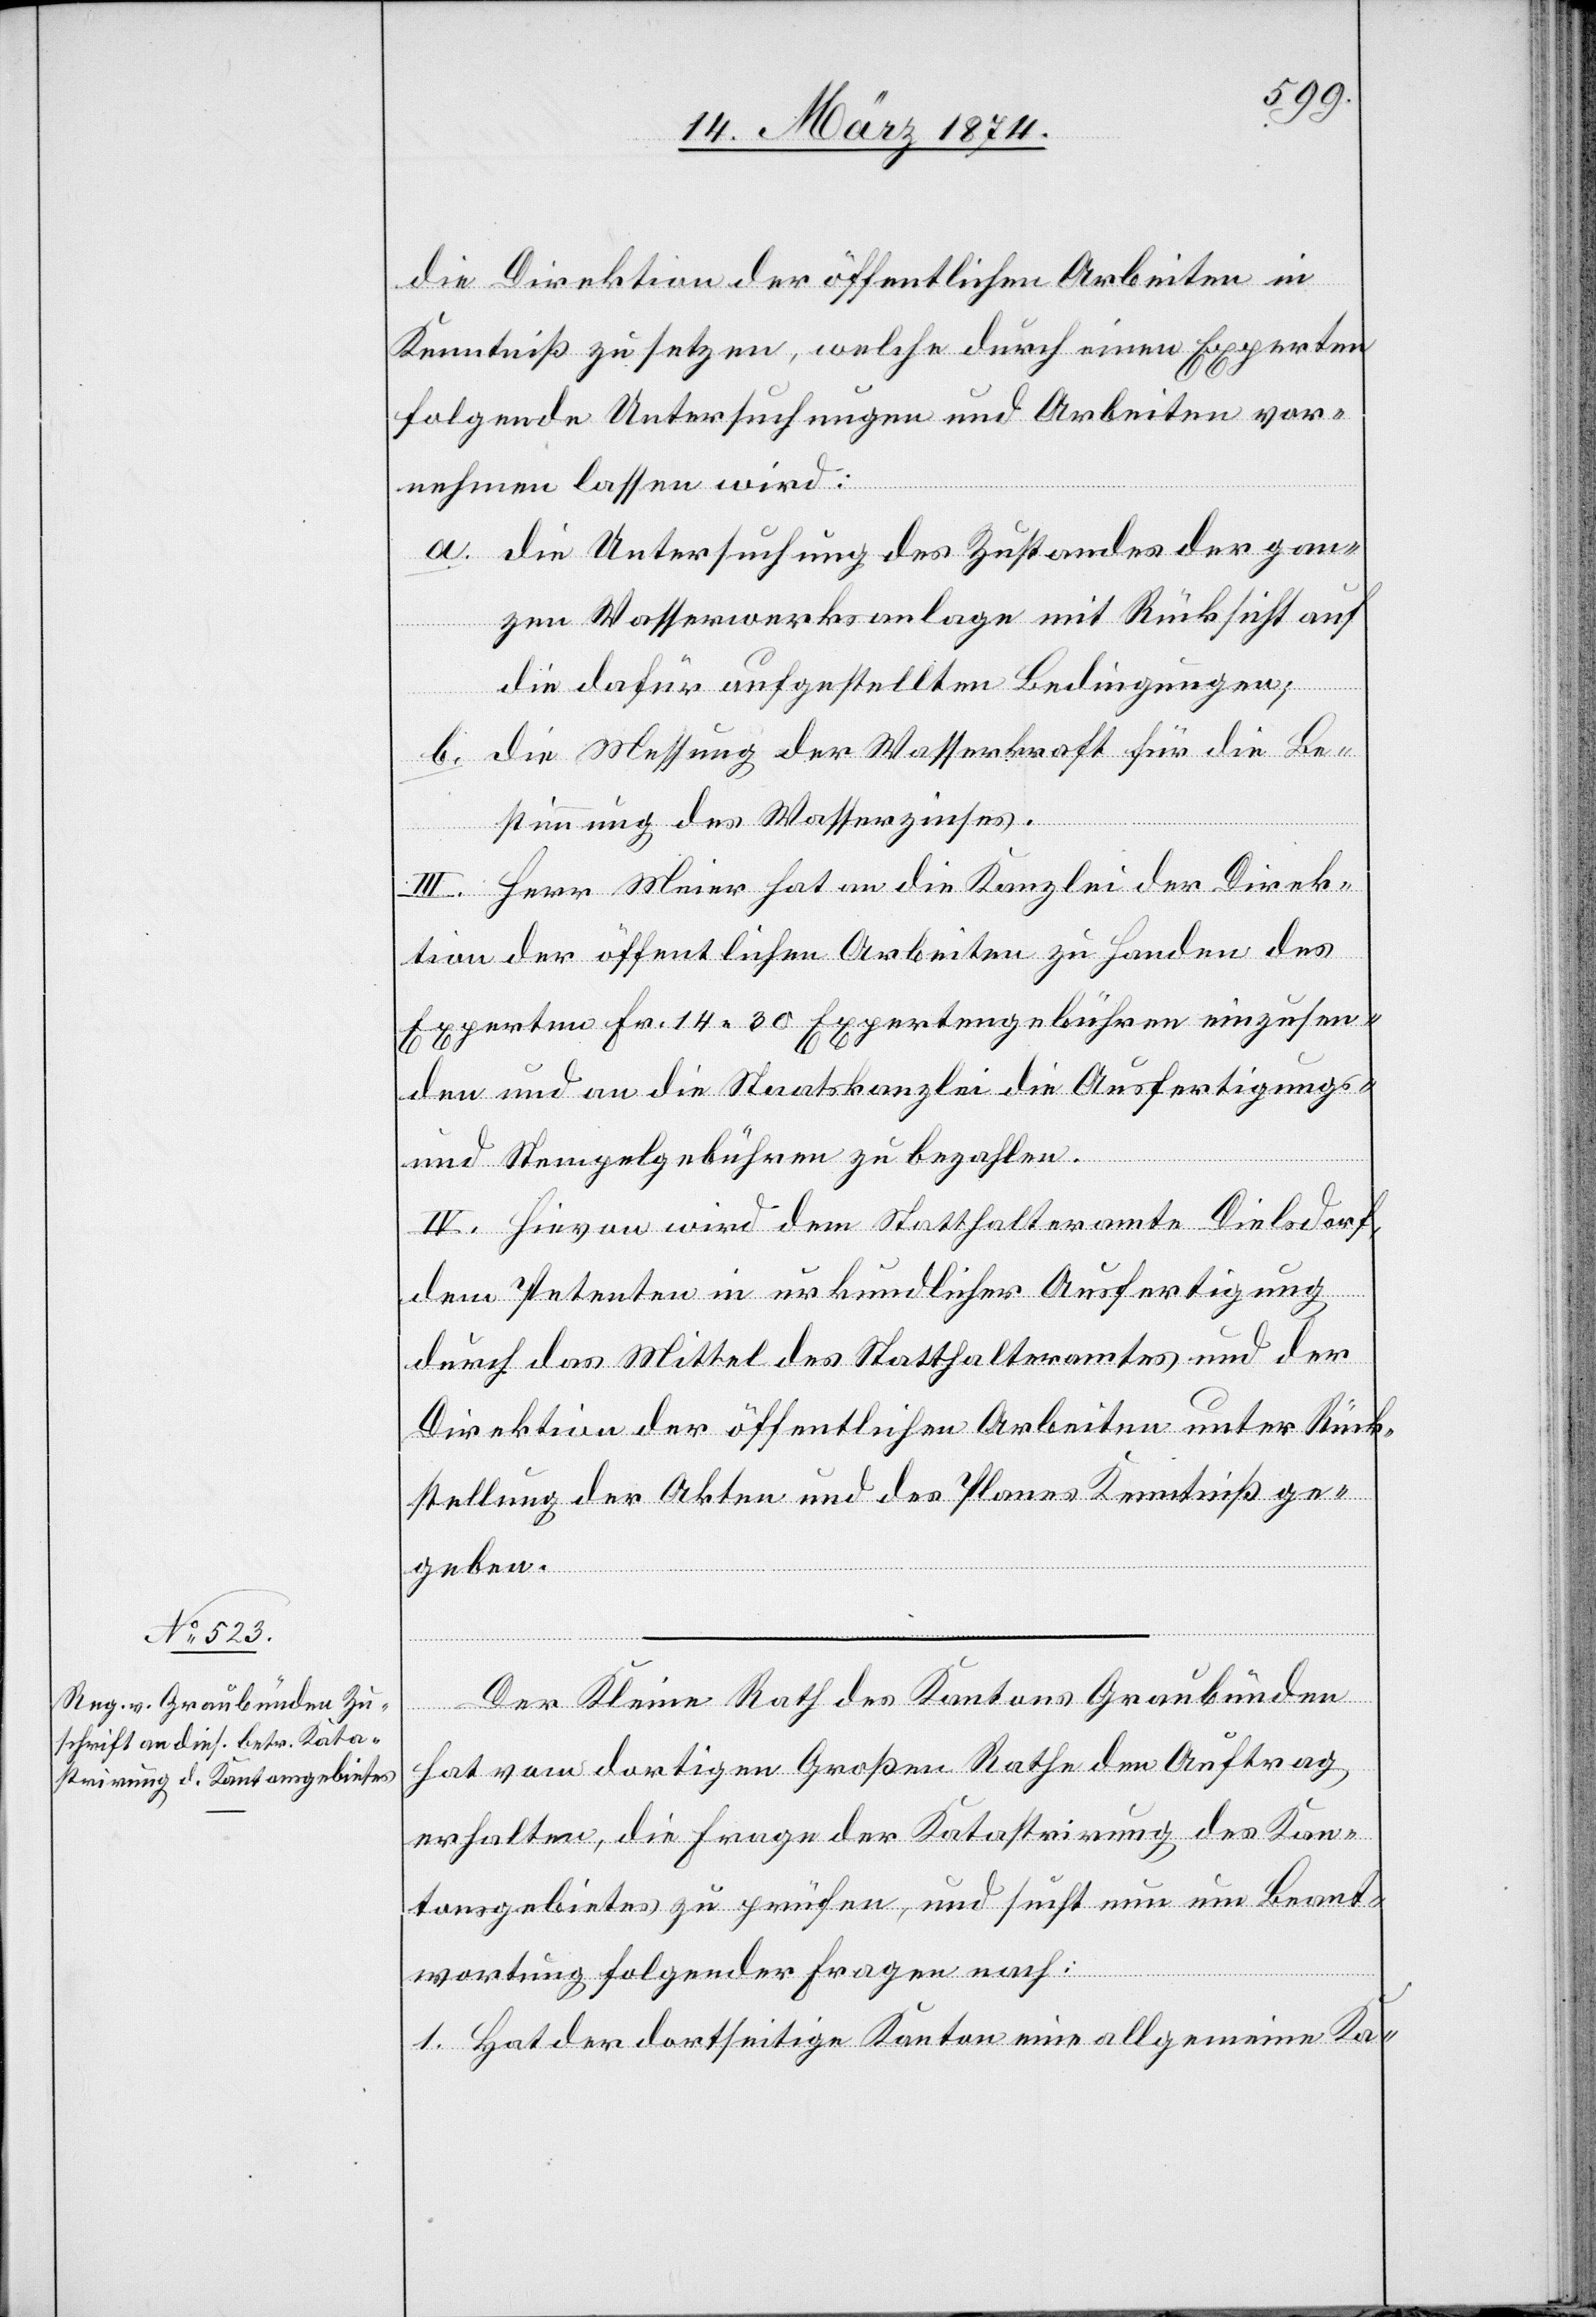
die Direktion der öffentlichen Arbeiten in
Kenntniß zu setzen, welche durch einen Experten
folgende Untersuchungen und Arbeiten vor¬
nehmen lassen wird:
a. Untersuchung des Zustandes der gan¬
zen Wasserwerksanlage mit Rücksicht auf
die dafür aufgestellten Bedingungen;
b. die Messung der Wasserkraft für die Be¬
stimmung des Wasserzinses.
III. Herr Meier hat an die Kanzlei der Direk¬
tion der öffentlichen Arbeiten zu Handen des
Experten Fr. 14.30 Expertengebühren einzusen¬
den und an die Staatskanzlei die Ausfertigungs-
und Stempelgebühren zu bezahlen.
IV. Hievon wird dem Statthalteramte Dielsdorf,
dem Petenten in urkundlicher Ausfertigung
durch das Mittel des Statthalteramtes und der
Direktion der öffentlichen Arbeiten unter Rück¬
stellung der Akten und des Planes Kenntniß ge¬
geben.
Der kleine Rath des Kantons Graubünden
hat vom dortigen Großen Rathe den Auftrag
erhalten, die Frage der Katastrirung des Kan¬
tonsgebietes zu prüfen, und sucht nun um Beant¬
wortung folgender Fragen nach:
1. Hat der dortseitige Kanton eine allgemeine Ka-